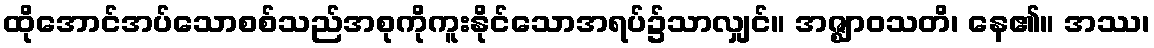
ထိုအောင်အပ်သောစစ်သည်အစုကိုကူးနိုင်သောအရပ်၌သာလျှင်။ အဇ္ဈာဝသတိ၊ နေ၏။ အဿ၊